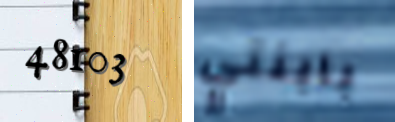
48103 بابنتي